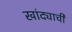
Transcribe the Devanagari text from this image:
खांद्याची